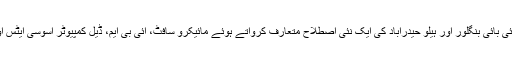
چندرابابو کو اس بات کا بھی اعزاز ہے کہ انھوں نے نائی بائی بنگلور اور ہیلو حیدرآباد کی ایک نئی اصطلاح متعارف کرواتے ہوئے مائیکرو سافٹ، آئی بی ایم، ڈیل کمپیوٹر اسوسی ایٹس اور اوراکل کو حیدرآباد میں آنے کی کامیاب ترغیب دی۔